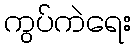
ကွပ်ကဲရေး